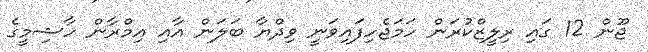
ޖޫން 12 ގައި ރިލީޒްކުރަން ހަމަޖެހިފައިވަނީ ވިދްޔާ ބަލަން އާއި އިމްރާން ހާޝިމީގެ